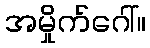
အမှိုက်ဂေါ်။